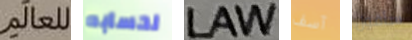
للعالم لحسابه LAW آسف سأقول